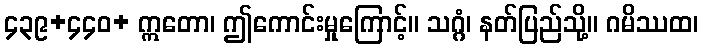
၄၃၉+၄၄၀+ ဣတော၊ ဤကောင်းမှုကြောင့်။ သဂ္ဂံ၊ နတ်ပြည်သို့။ ဂမိဿထ၊